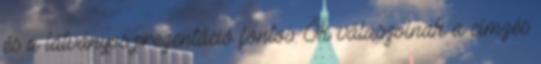
és a látványos prezentáció fontos. Ők válaszolnak a címzés